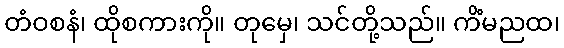
တံဝစနံ၊ ထိုစကားကို။ တုမှေ၊ သင်တို့သည်။ ကိံမညထ၊